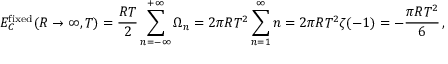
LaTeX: E _ { C } ^ { \mathrm { f i x e d } } ( R \to \infty , T ) = \frac { R T } { 2 } \sum _ { n = - \infty } ^ { + \infty } \Omega _ { n } = 2 \pi R T ^ { 2 } \sum _ { n = 1 } ^ { \infty } n = 2 \pi R T ^ { 2 } \zeta ( - 1 ) = - \frac { \pi R T ^ { 2 } } { 6 } \, { , }